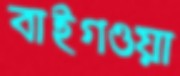
বাইগওয়া